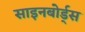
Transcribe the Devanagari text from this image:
साइनबोर्ड्स